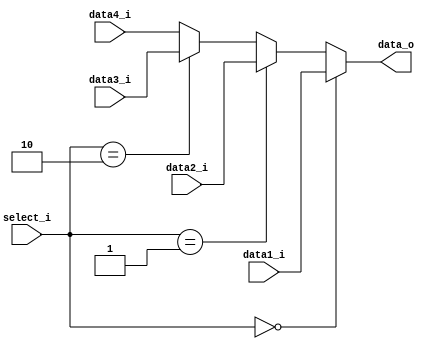
module MUX4
(
    data1_i, 
    data2_i,
    data3_i,
    data4_i,
    select_i,
    data_o
);

// Ports
input   [31:0]      data1_i;
input   [31:0]      data2_i;
input   [31:0]      data3_i;
input   [31:0]      data4_i;
input   [1:0]       select_i;
output  [31:0]      data_o;

assign data_o =
    (select_i == 2'b00) ? data1_i :
    (select_i == 2'b01) ? data2_i :
    (select_i == 2'b10) ? data3_i :
    data4_i;

endmodule